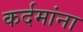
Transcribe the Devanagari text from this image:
कर्दमांना